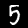
Label: 5